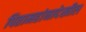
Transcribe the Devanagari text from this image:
पितामहांनादेखील